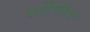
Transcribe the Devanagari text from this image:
अर्धभिंतीवर